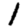
Digit: 1